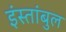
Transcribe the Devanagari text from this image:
इंस्तांबुल